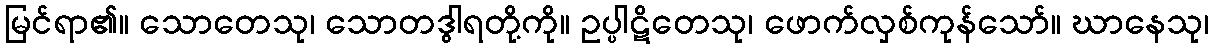
မြင်ရာ၏။ သောတေသု၊ သောတဒွါရတို့ကို။ ဥပ္ပါဋိတေသု၊ ဖောက်လှစ်ကုန်သော်။ ဃာနေသု၊